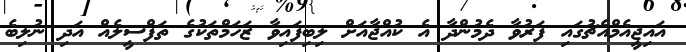
އައިޖީއެމްއެޗުގައި ފަރުވާ ދެމުންދާ އެ ކުއްޖާއަށް ލިބިފައިވާ ޒަހަމްތަކުގެ ތަފްސީލެއް އަދި ނުލިބެ